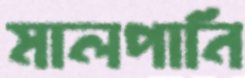
মালপানি